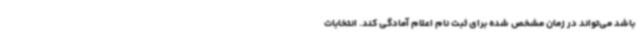
باشد می‌تواند در زمان مشخص شده برای ثبت نام اعلام آمادگی کند. انتخابات